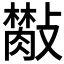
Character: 𣀙